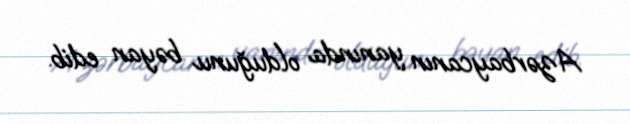
Azərbaycanın yanında olduğunu bəyan edib.